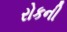
રોકની